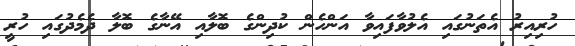
ހުރިއިރު އެތަނުގައި އެލުވާފައިވާ އަންހެން ކުދިންގެ ބޮލާއި އޭނާގެ ބޮލާ ދެމެދުގައި ހުރީ